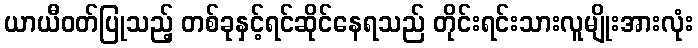
ယာယီဝတ်ပြုသည့် တစ်ခုနှင့်ရင်ဆိုင်နေရသည် တိုင်းရင်းသားလူမျိုးအားလုံး